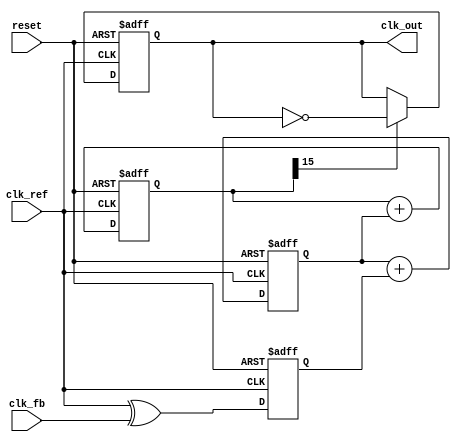
module adpll (
    input wire clk_ref,          // Reference clock
    input wire clk_fb,           // Feedback clock
    input wire reset,            // Reset signal
    output reg clk_out           // Output clock
);

    // Parameters
    parameter NCO_WIDTH = 16;    // Width of the NCO accumulator
    parameter LF_WIDTH = 8;       // Width of the loop filter output
    parameter MEMORY_SIZE = 256;  // Size of the memory block

    // Internal signals
    reg [NCO_WIDTH-1:0] nco_accumulator; // NCO phase accumulator
    reg [LF_WIDTH-1:0] control_word;      // Control word for NCO
    reg [LF_WIDTH-1:0] loop_filter_out;   // Output of the loop filter
    reg [LF_WIDTH-1:0] memory [0:MEMORY_SIZE-1]; // Memory block for control words
    reg phase_error;                     // Phase error signal
    reg [7:0] memory_addr;               // Address for memory access

    // Phase Detector (PD)
    always @(posedge clk_ref or posedge reset) begin
        if (reset) begin
            phase_error <= 0;
        end else begin
            // Simple phase detector logic (1-bit)
            phase_error <= clk_ref ^ clk_fb; // XOR for phase comparison
        end
    end

    // Loop Filter (LF)
    always @(posedge clk_ref or posedge reset) begin
        if (reset) begin
            loop_filter_out <= 0;
        end else begin
            // Simple low-pass filter (integrator)
            loop_filter_out <= loop_filter_out + phase_error;
        end
    end

    // Numerically Controlled Oscillator (NCO)
    always @(posedge clk_ref or posedge reset) begin
        if (reset) begin
            nco_accumulator <= 0;
            clk_out <= 0;
        end else begin
            // Update NCO accumulator
            nco_accumulator <= nco_accumulator + loop_filter_out;
            // Generate output clock based on NCO accumulator
            clk_out <= (nco_accumulator[NCO_WIDTH-1] == 1'b1) ? ~clk_out : clk_out;
        end
    end

    // Memory Block for Control Words
    always @(posedge clk_ref or posedge reset) begin
        if (reset) begin
            memory_addr <= 0;
        end else begin
            // Example: Store control word in memory
            memory[memory_addr] <= loop_filter_out; // Store LF output
            memory_addr <= memory_addr + 1; // Increment address
            if (memory_addr >= MEMORY_SIZE) begin
                memory_addr <= 0; // Wrap around
            end
        end
    end

endmodule